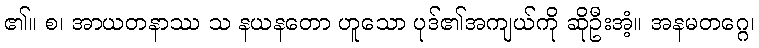
၏။ စ၊ အာယတနာဿ သ နယနတော ဟူသော ပုဒ်၏အကျယ်ကို ဆိုဦးအံ့။ အနမတဂ္ဂေ၊